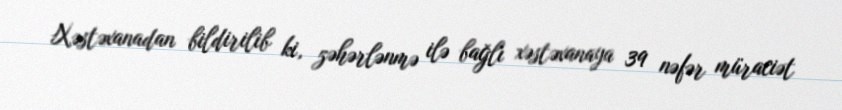
Xəstəxanadan bildirilib ki, zəhərlənmə ilə bağlı xəstəxanaya 39 nəfər müraciət